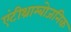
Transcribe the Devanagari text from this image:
एंटीथ्राम्बोजनिक